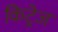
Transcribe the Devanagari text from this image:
किट्रेज